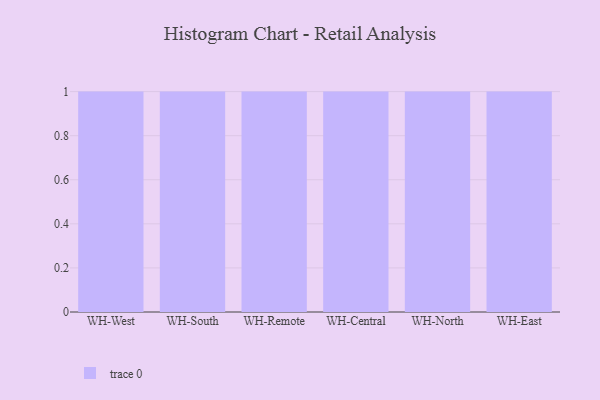
{"axis": {"x": "Warehouse", "y": "Operating Costs (USD K)"}, "legend": [""], "data": [{"x": "WH-West", "y": 63, "type": ""}, {"x": "WH-South", "y": 25, "type": ""}, {"x": "WH-Remote", "y": 5, "type": ""}, {"x": "WH-Central", "y": 87, "type": ""}, {"x": "WH-North", "y": 47, "type": ""}, {"x": "WH-East", "y": 75, "type": ""}]}